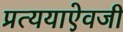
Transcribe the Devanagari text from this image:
प्रत्ययाऐवजी